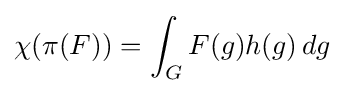
\chi (\pi (F))=\int _{G}F(g)h(g)\,dg